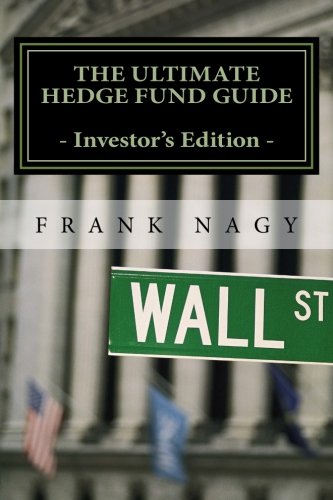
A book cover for The Ultimate Hedge Fund Guide - Investor's Edition; Frank Nagy; Business & Money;